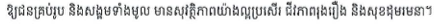
ឱ្យជនគ្រប់រូប និងសង្គមទាំងមូល មានសុវត្ថិភាពយ៉ាងល្អប្រសើរ ជីវភាពរុងរឿង និងសុខដុមរមនា។